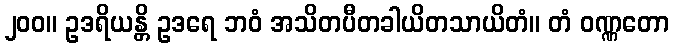
၂၀၀။ ဥဒရိယန္တိ ဥဒရေ ဘဝံ အသိတပီတခါယိတသာယိတံ။ တံ ဝဏ္ဏတော